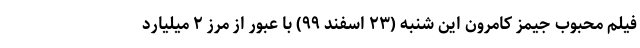
فیلم محبوب جیمز کامرون این شنبه (۲۳ اسفند ۹۹) با عبور از مرز ۲ میلیارد